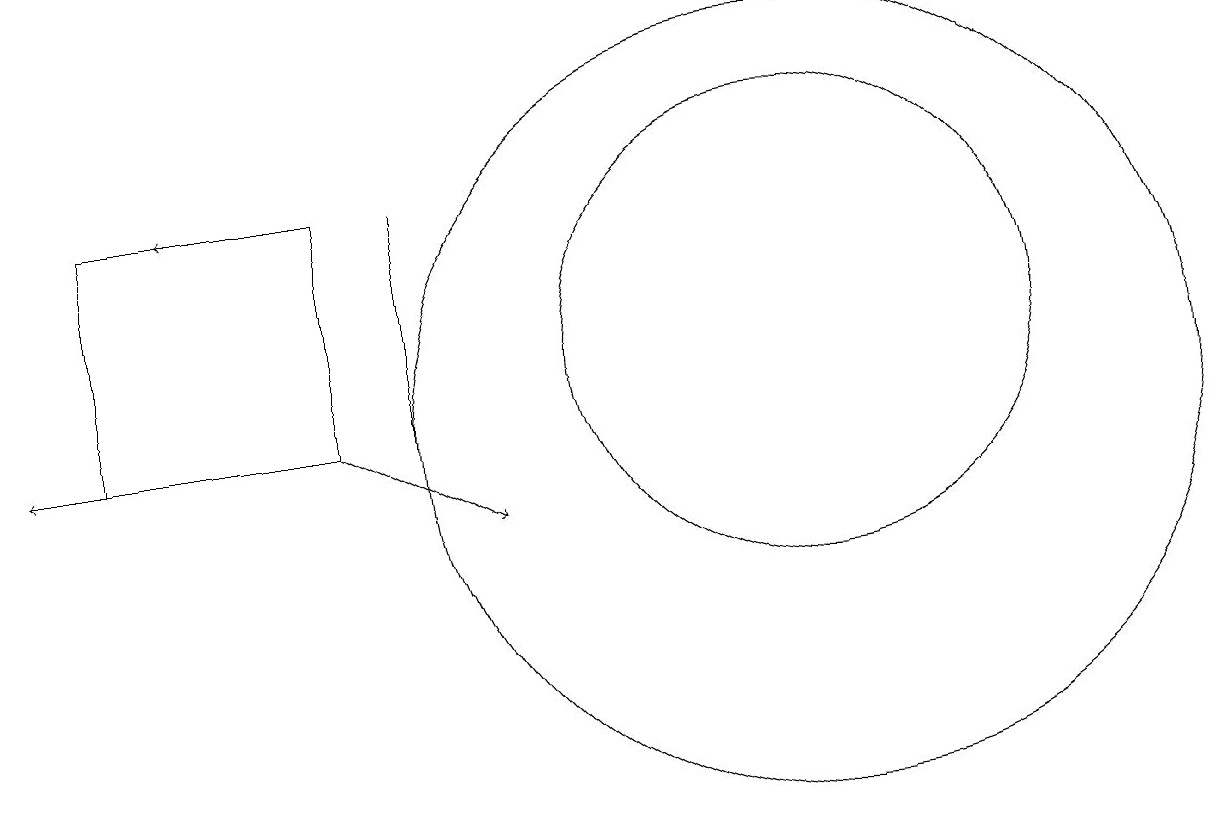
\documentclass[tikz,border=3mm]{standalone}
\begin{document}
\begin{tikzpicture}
\draw (11,11) circle (5);
\draw (11,12) circle (3);
\draw[->] (5,11) -- (7,10);
\draw (6,14) rectangle (6,11);
\draw[->] (5,14) -- (3,14);
\draw (2,14) rectangle (5,11);
\draw[->] (5,11) -- (1,11);
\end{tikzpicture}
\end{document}